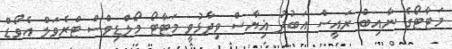
މަޓާޓޯގެ ނާއިބް ރައީސް އަބުދު ޣިޔާސް ވިދާޅުވީ މަޓާޓޯ މޯލްޑިވްސް ޓްރެވަލް އެވޯޑް